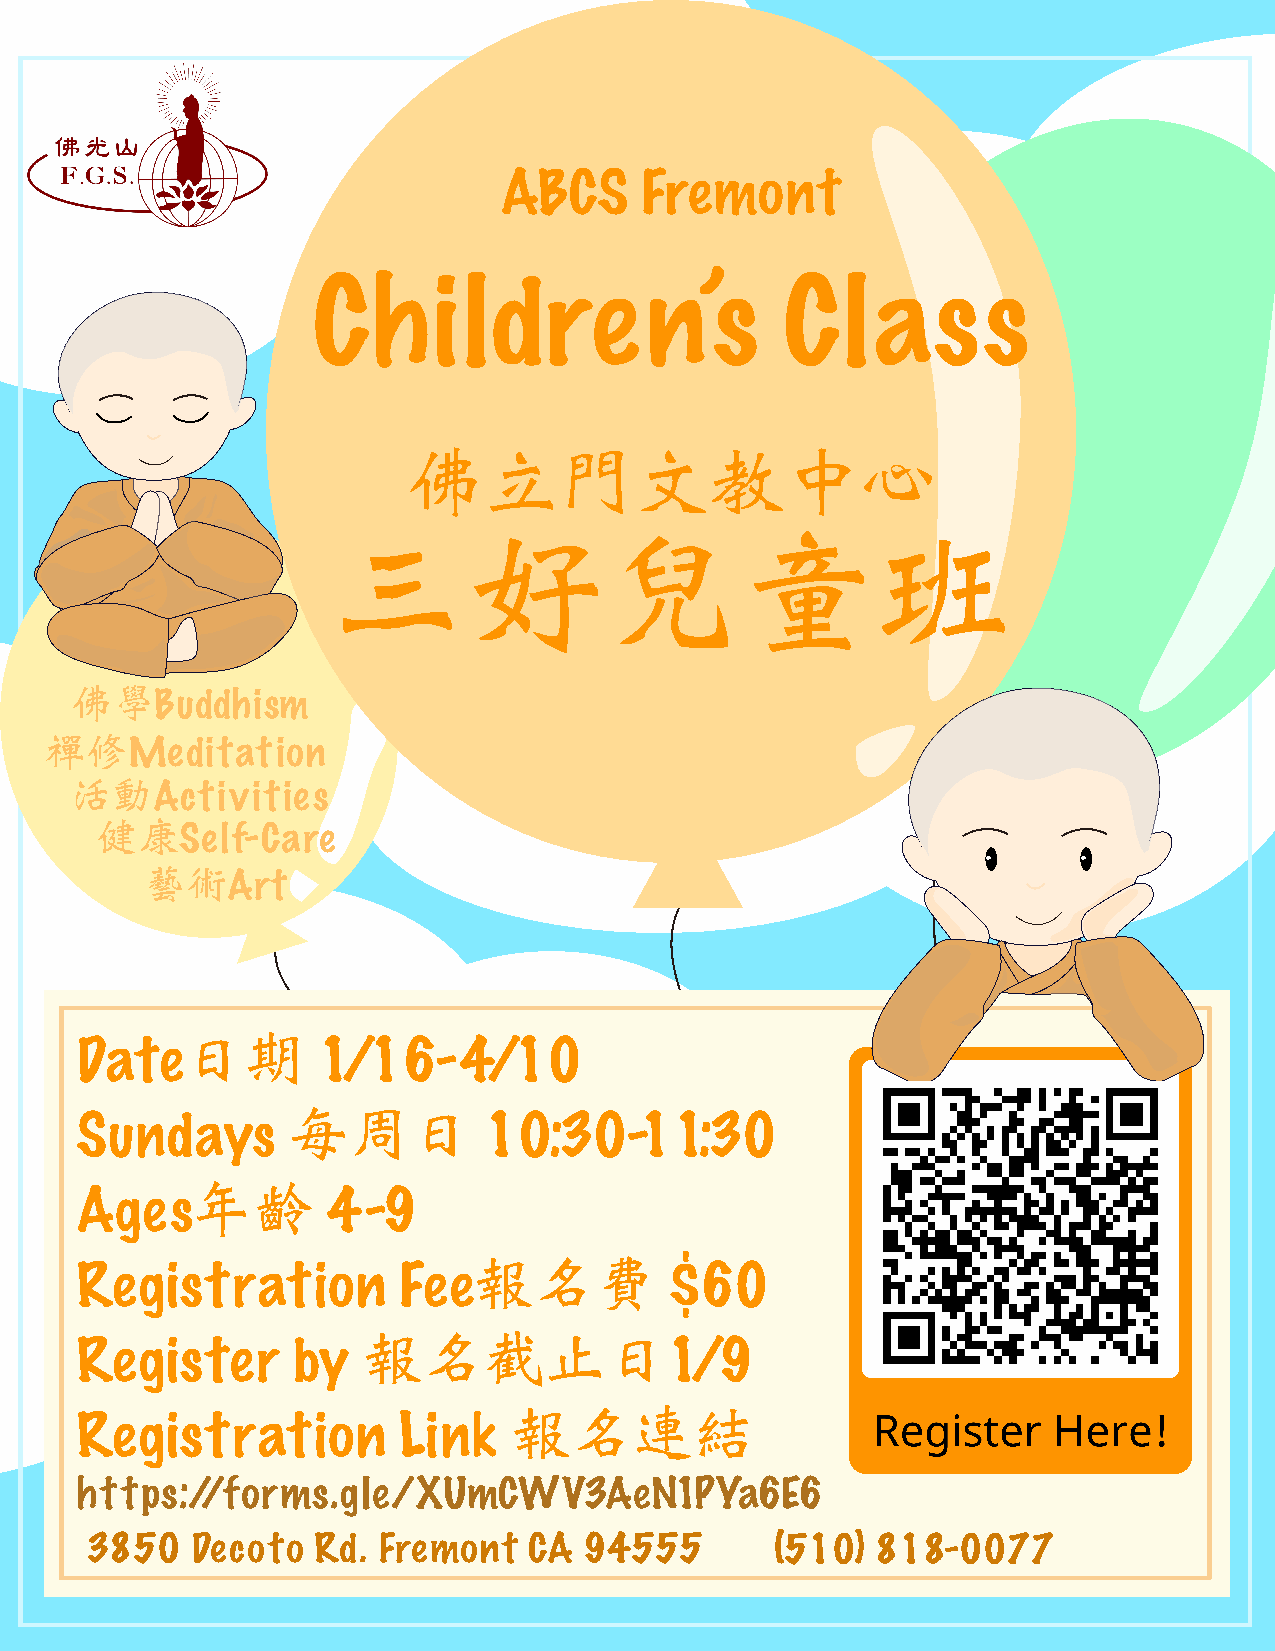
ABCS     Fremont
 Children’s                     Class
 佛立門文教中心
 三好兒童班
 佛學Buddhism
 禪修Meditation
 活動Activities
 健康Self-Care
 藝術Art
 日期
 Date            1/16-4/10
 每周日
 Sundays                    10:30-11:30
 年齡
 Ages             4-9
 報名費
 Registration         Fee               $60
 報名截止日
 Register      by                       1/9
 報名連結
 Registration         Link
 https://forms.gle/XUmCWV3AeN1PYa6E6
 3850   Decoto  Rd. Fremont   CA  94555       (510)  818-0077
 https://forms.gle/XUmCWV3AeN1PYa6E6